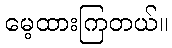
မေ့ထားကြတယ်။